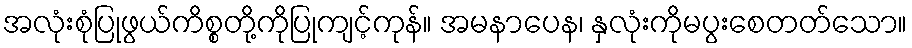
အလုံးစုံပြုဖွယ်ကိစ္စတို့ကိုပြုကျင့်ကုန်။ အမနာပေန၊ နှလုံးကိုမပွးစေတတ်သော။